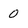
Character: 0